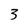
Character: 3